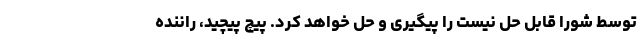
توسط شورا قابل حل نیست را پیگیری و حل خواهد کرد. پیچ پیچید، راننده